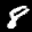
Label: 8